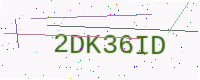
Text: 2DK36ID